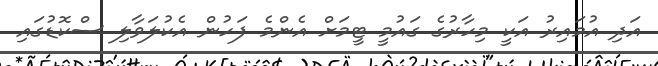
އަދި އުމައިރު އަކީ މިހާރުގެ ގައުމީ ޓީމަށް އެންމެ ފަހުން އެކުލަވާލި ސްކޮޑުގައި